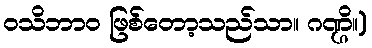
ဝသိဘာဝ ဖြစ်တော့သည်သာ။ ဂဏ္ဌိ။)